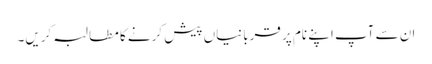
ان سے آپ اپنے نام پر قربانیاں پیش کرنے کا مطالبہ کریں۔